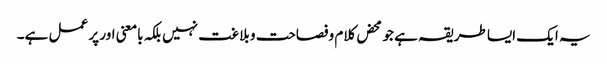
یہ ایک ایسا طریقہ ہے جو محض کلام وفصاحت و بلاغت نہیں بلکہ بامعنی اور پر عمل ہے۔